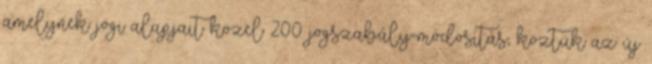
amelynek jogi alapjait közel 200 jogszabály-módosítás, köztük az új